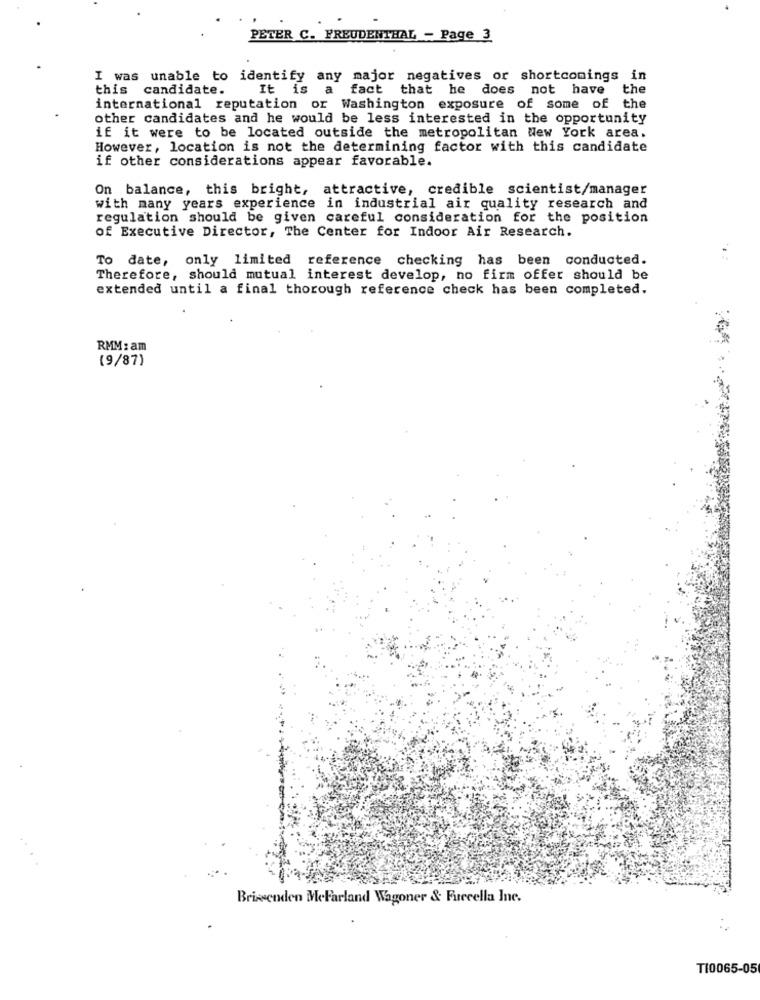
PETER C. FREUDENTHAL - Page 3
I was unable to identify any major negatives or shortcomings in
this candidate.
It is a fact that he does not have
the
international reputation or Washington exposure of some of the
other candidates and he would be less interested in the opportunity
if it were to be located outside the metropolitan New York area.
However, location is not the determining factor with this candidate
if other considerations appear favorable.
On balance, this bright, attractive, credible scientist/manager
with many years experience in industrial air quality research and
regulation should be given careful consideration for the position
of Executive Director, The Center for Indoor Air Research.
To date, only limited reference checking has been conducted.
Therefore, should mutual interest develop, no firm offer should be
extended until a final thorough reference check has been completed.
RMM: am
(9/87)
Brissenden MeFarland Wagoner & Furcella Inc.
T10065-05